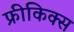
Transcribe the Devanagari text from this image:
फ्रीकिक्स